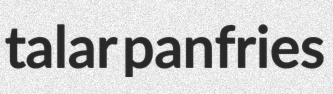
talar panfries